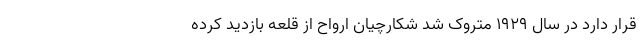
قرار دارد در سال ۱۹۲۹ متروک شد شکارچیان ارواح از قلعه بازدید کرده